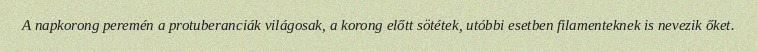
A napkorong peremén a protuberanciák világosak, a korong előtt sötétek, utóbbi esetben filamenteknek is nevezik őket.